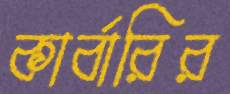
কার্বারির